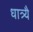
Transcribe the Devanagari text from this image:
धात्र्यै